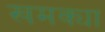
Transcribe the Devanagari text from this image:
खमक्या